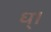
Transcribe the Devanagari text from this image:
ध्।